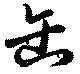
缶